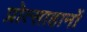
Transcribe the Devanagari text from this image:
प्रोत्साहानों